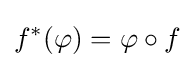
f^{*}(\varphi )=\varphi \circ f